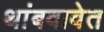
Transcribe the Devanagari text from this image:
थांबवावेत